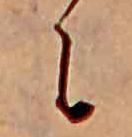
に